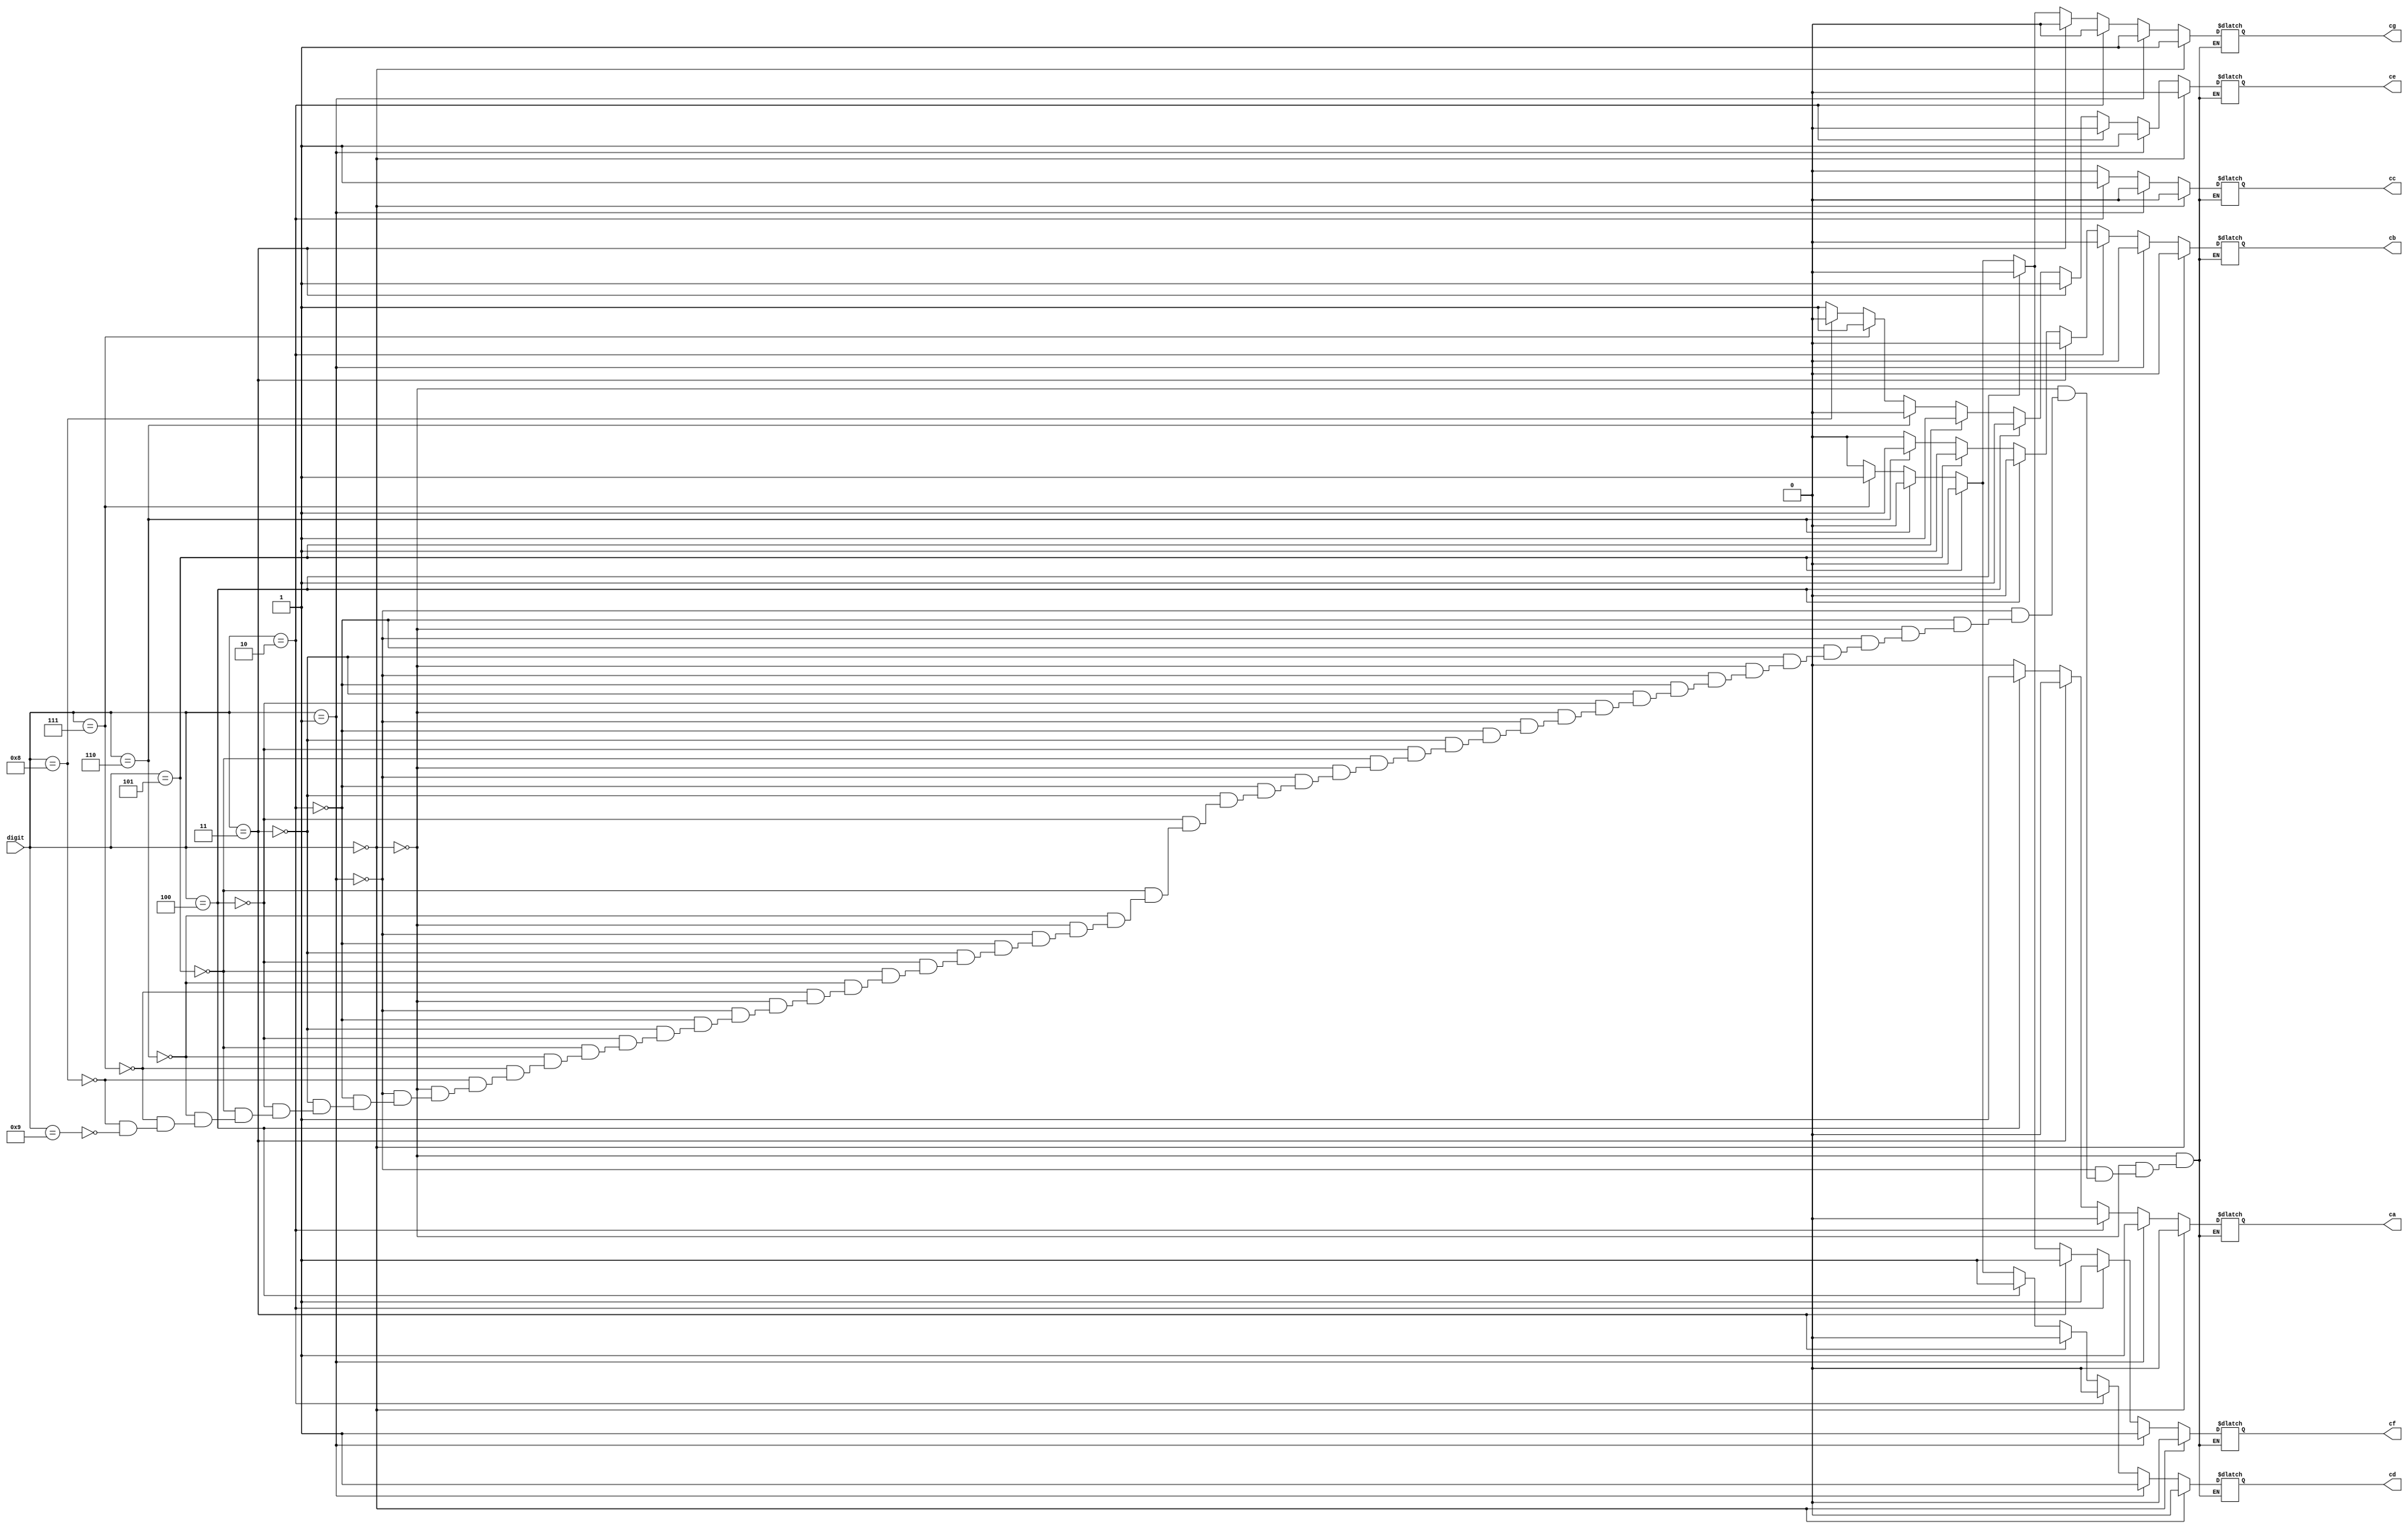
`timescale 1ns / 1ps
//////////////////////////////////////////////////////////////////////////////////
// Company: 
// Engineer: 
// 
// Design Name: 
// Module Name:    seven_seg_decoder 
// Project Name: 
// Target Devices: 
// Tool versions: 
// Description: 
//
// Dependencies: 
//
// Revision: 
// Revision 0.01 - File Created
// Additional Comments: 
//
//////////////////////////////////////////////////////////////////////////////////
module seven_seg_decoder(
    input [3:0] digit,
    output reg ca,
    output reg cb,
    output reg cc,
    output reg cd,
    output reg ce,
    output reg cf,
    output reg cg
    );

	always@(*) begin
        if (digit == 'b0000) begin
            ca = 1'b0;
            cb = 1'b0;
            cc = 1'b0;
            cd = 1'b0;
            ce = 1'b0;
            cf = 1'b0;
            cg = 1'b1;
        end
        else if (digit == 4'b0001) begin
            ca = 1'b1;
            cb = 1'b0;
            cc = 1'b0;
            cd = 1'b1;
            ce = 1'b1;
            cf = 1'b1;
            cg = 1'b1;
        end
        else if (digit == 4'b0010) begin
            ca = 1'b0;
            cb = 1'b0;
            cc = 1'b1;
            cd = 1'b0;
            ce = 1'b0;
            cf = 1'b1;
            cg = 1'b0;
        end
        else if (digit == 4'b0011) begin
            ca = 1'b0;
            cb = 1'b0;
            cc = 1'b0;
            cd = 1'b0;
            ce = 1'b1;
            cf = 1'b1;
            cg = 1'b0;
        end
        else if (digit == 4'b0100) begin
            ca = 1'b1;
            cb = 1'b0;
            cc = 1'b0;
            cd = 1'b1;
            ce = 1'b1;
            cf = 1'b0;
            cg = 1'b0;
        end
        else if (digit == 4'b0101) begin
            ca = 1'b0;
            cb = 1'b1;
            cc = 1'b0;
            cd = 1'b0;
            ce = 1'b1;
            cf = 1'b0;
            cg = 1'b0;
        end
        else if (digit == 4'b0110) begin
            ca = 1'b0;
            cb = 1'b1;
            cc = 1'b0;
            cd = 1'b0;
            ce = 1'b0;
            cf = 1'b0;
            cg = 1'b0;
        end
        else if (digit == 4'b0111) begin
            ca = 1'b0;
            cb = 1'b0;
            cc = 1'b0;
            cd = 1'b1;
            ce = 1'b1;
            cf = 1'b1;
            cg = 1'b1; 
        end
        else if (digit == 4'b1000) begin
            ca = 1'b0;
            cb = 1'b0;
            cc = 1'b0;
            cd = 1'b0;
            ce = 1'b0;
            cf = 1'b0;
            cg = 1'b0;
        end
        else if (digit == 4'b1001) begin
            ca = 1'b0;
            cb = 1'b0;
            cc = 1'b0;
            cd = 1'b0;
            ce = 1'b1;
            cf = 1'b0;
            cg = 1'b0;
        end  
    end

endmodule